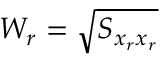
W _ { r } = \sqrt { S _ { x _ { r } x _ { r } } }